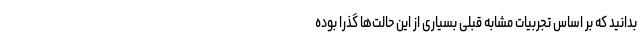
بدانید که بر اساس تجربیات مشابه قبلی بسیاری از این حالت‌ها گذرا بوده